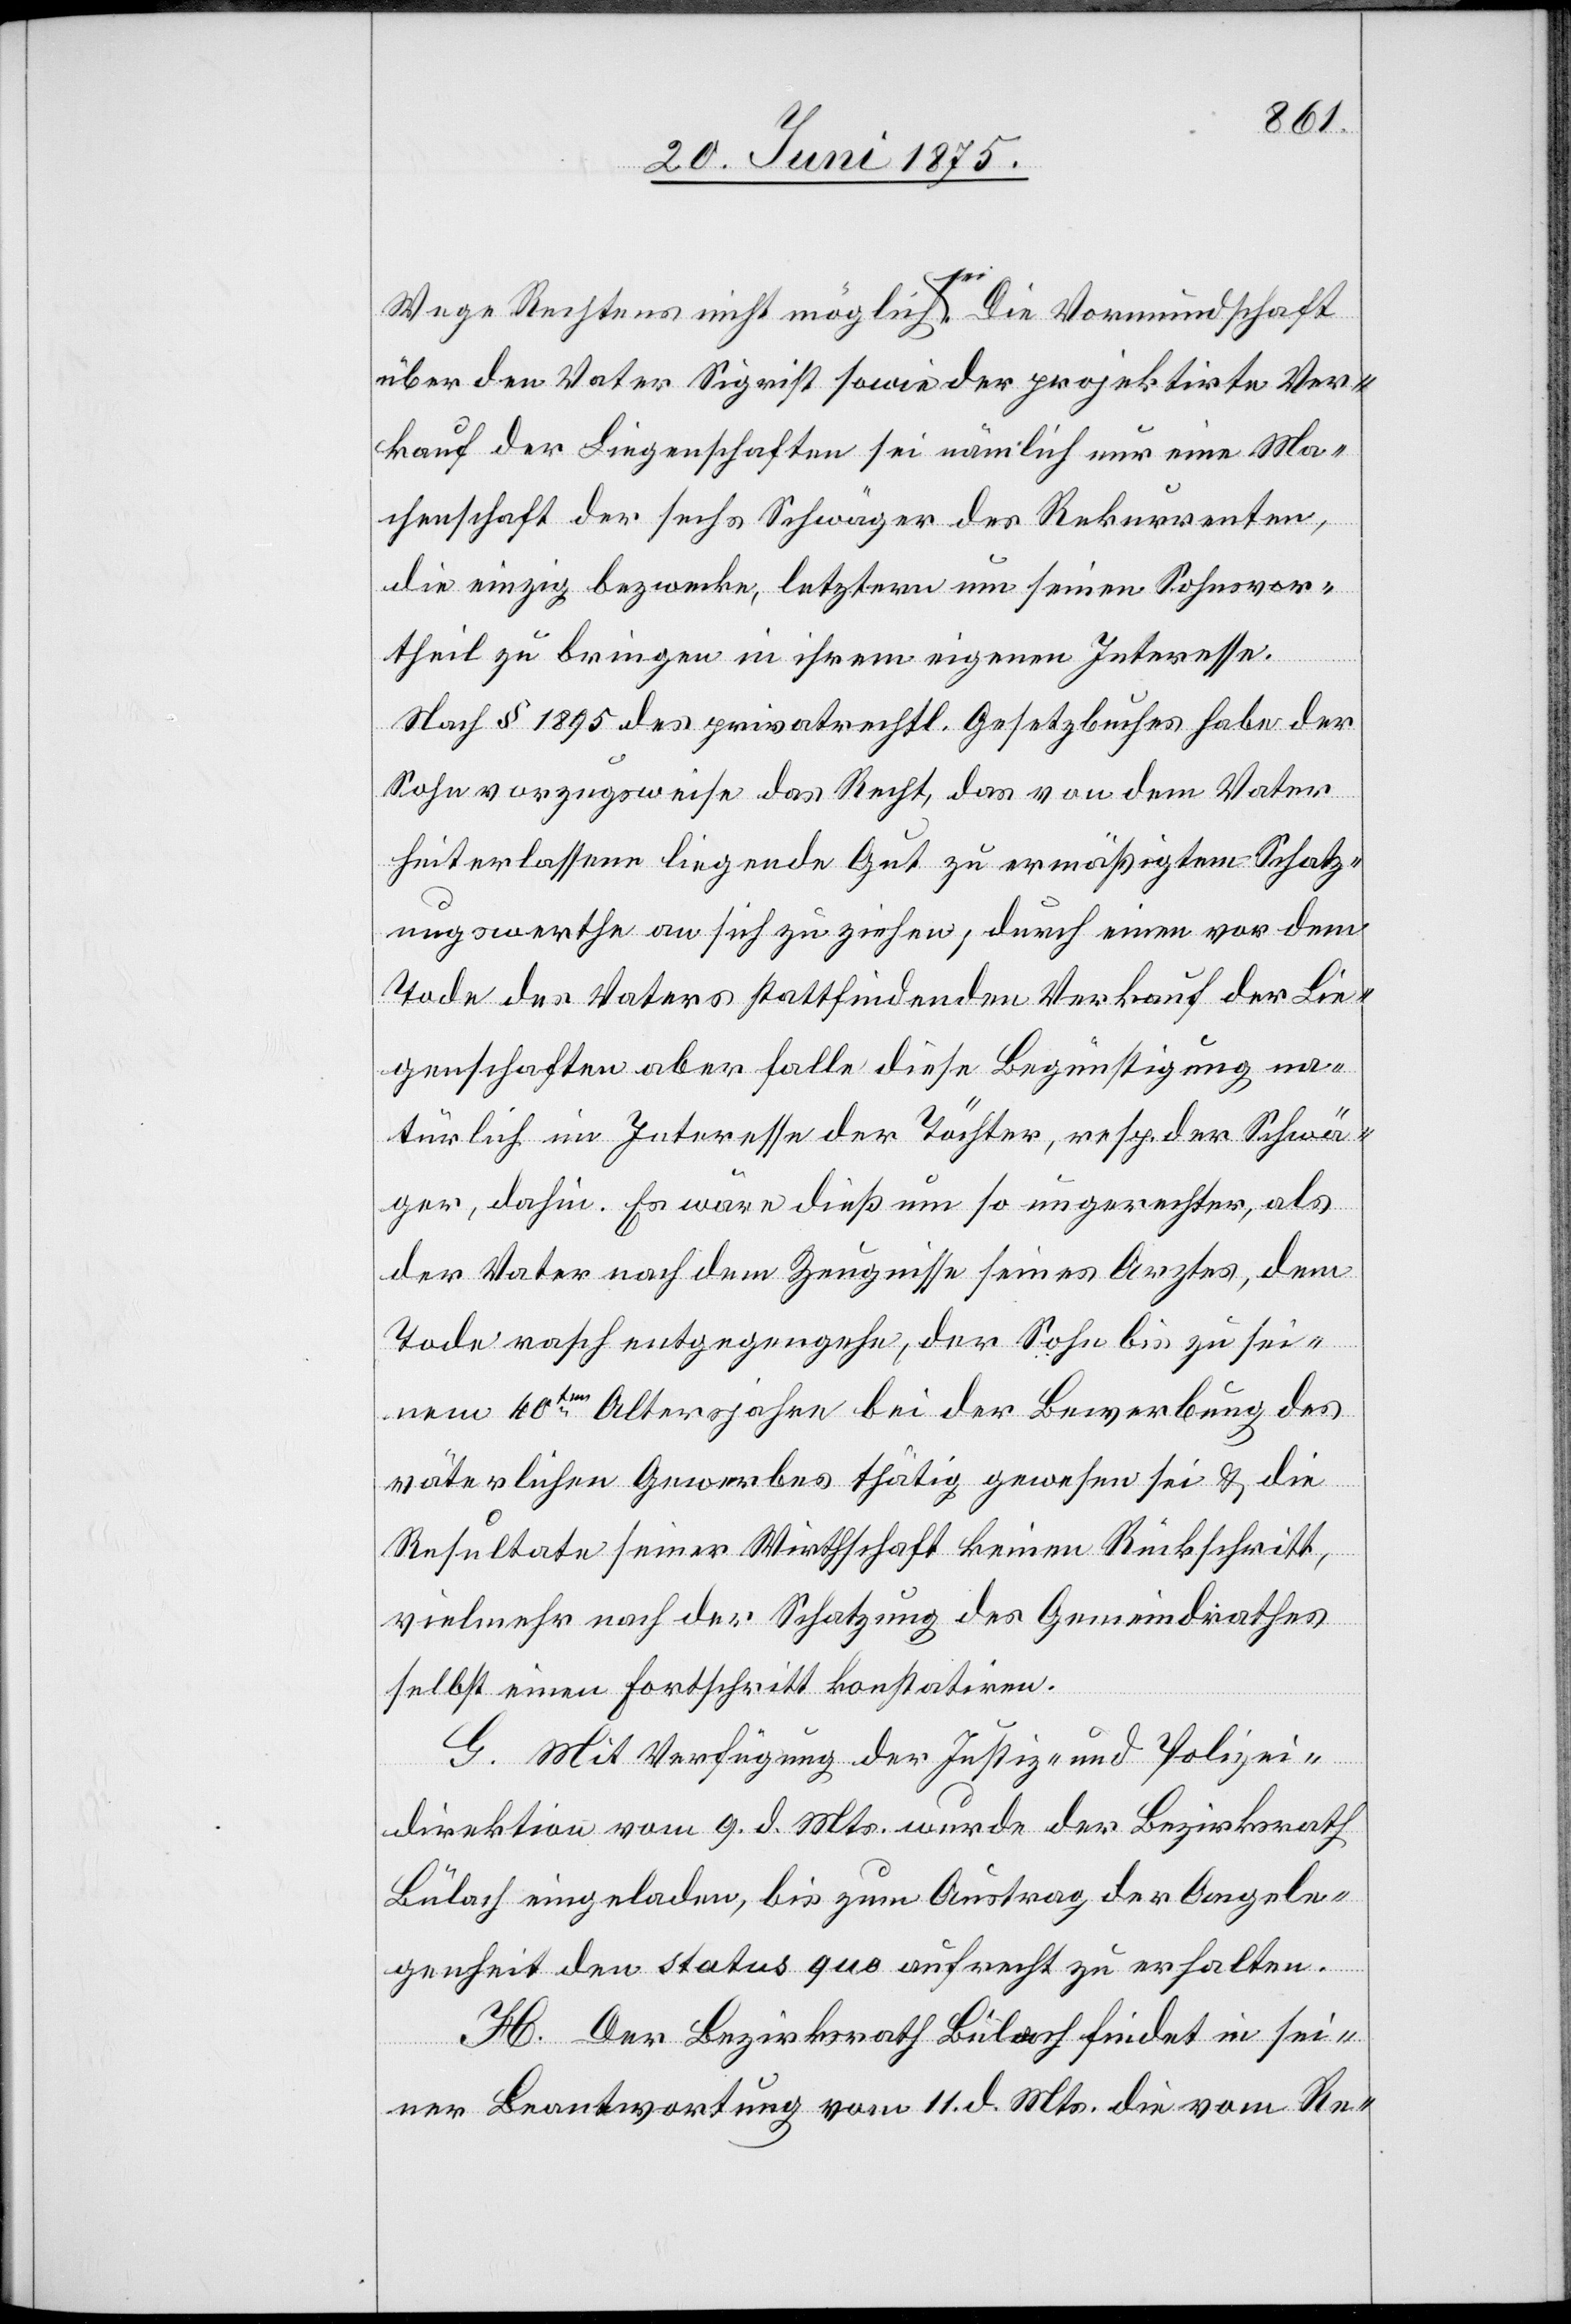
Wege Rechtens nicht möglich sei. Die Vormundschaft
über den Vater Si[e]grist sowie der projektirte Ver¬
kauf der Liegenschaften sei nämlich nur eine Ma¬
chenschaft der sechs Schwäger des Rekurrenten,
die einzig bezwecke, letztern um seinen Sohnsvor¬
theil zu bringen in ihrem eigenen Interesse.
Nach § 1895 des privatrechtl. Gesetzbuches habe der
Sohn vorzugsweise das Recht, das von dem Vater
hinterlassene liegende Gut zu ermäßigten Schatz¬
ungswerthe an sich zu ziehen, durch einen von dem
Tode des Vaters stattfindenden Verkauf der Lie¬
genschaften aber falle diese Begünstigung na¬
türlich im Interesse der Töchter, resp. der Schwä¬
ger, dahin. Es wäre dieß um so ungerechter, als
der Vater nach dem Zeugnisse seines Arztes, dem
Tode rasch entgegengehe, der Sohn bis zu sei¬
nem 40ten Altersjahre bei der Bewerbung des
väterlichen Gewerbes thätig gewesen sei & die
Resultate seiner Wirthschaft keinen Rückschritt,
vielmehr nach der Schatzung des Gemeindrathes
selbst einen Fortschritt konstatiren.
G. Mit Verfügung der Justiz- und Polizei¬
direktion vom 9. d. Mts. wurde der Bezirksrath
Bülach eingeladen, bis zum Austrag der Angele¬
genheit den status quo aufrecht zu erhalten.
H. Der Bezirksrath Bülach findet in sei¬
ner Beantwortung vom 11. d. Mts. die vom Re-